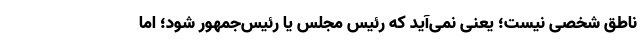
ناطق شخصی نیست؛ یعنی نمی‌آید که رئیس ‌مجلس یا رئیس‌جمهور شود؛ اما